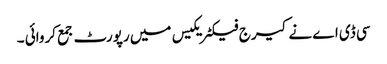
سی ڈی اے نے کیرج فیکٹریکیس میں رپورٹ جمع کروائی ۔